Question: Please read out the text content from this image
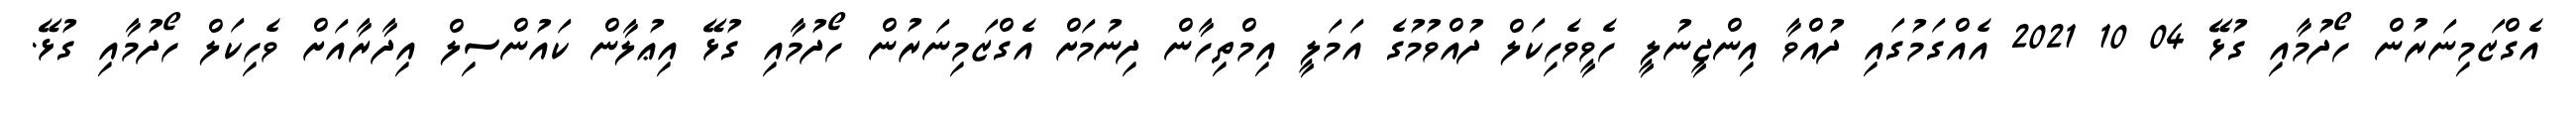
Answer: އެގްޒަމިނަރުން ހޯދުމާއި ގުޅޭ 04 10 2021 އެއްގަމުގައި ދުއްވާ އިންޖީނުލީ ހެވީވެހިކަލް ދުއްވުމުގެ އަމަލީ އިމްތިހާން ދިނުމަށް އެގްޒަމިނަރުން ހޯދުމާއި ގުޅޭ އިޢުލާން ކައުންސިލް އިދާރާއަށް ވެހިކަލް ހޯދުމާއި ގުޅޭ.